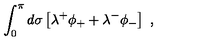
\int _ { 0 } ^ { \pi } d \sigma \left[ \lambda ^ { + } \phi _ { + } + \lambda ^ { - } \phi _ { - } \right] \ ,